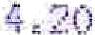
4.20